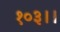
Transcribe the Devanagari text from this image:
१०३।।